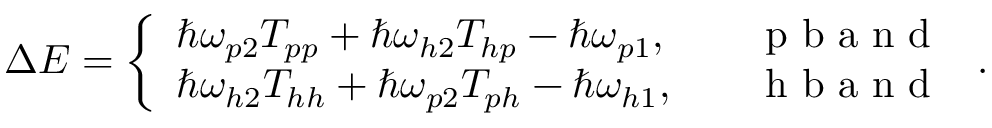
\begin{array} { r } { \Delta { \cal E } = \left\{ \begin{array} { l l } { \hbar \omega _ { p 2 } T _ { p p } + \hbar \omega _ { h 2 } T _ { h p } - \hbar \omega _ { p 1 } , } & { \quad \mathrm { ~ p ~ b ~ a ~ n ~ d ~ } } \\ { \hbar \omega _ { h 2 } T _ { h h } + \hbar \omega _ { p 2 } T _ { p h } - \hbar \omega _ { h 1 } , } & { \quad \mathrm { ~ h ~ b ~ a ~ n ~ d ~ } } \end{array} \right. . } \end{array}